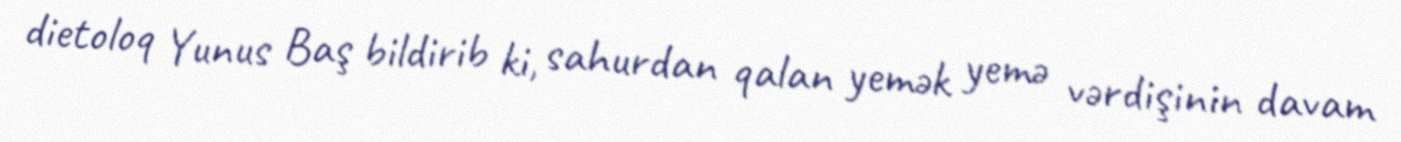
dietoloq Yunus Baş bildirib ki, sahurdan qalan yemək yemə vərdişinin davam